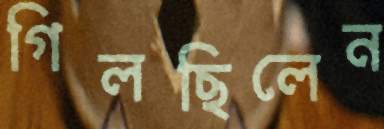
গিলছিলেন